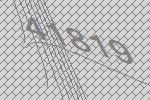
41819